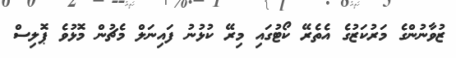
ޒުވާނުންގެ މަރުކަޒުގެ އެތެރޭ ކޯޓުގައި މިރޭ ކުޅުނު ފައިނަލް މެޗުން މޮޅުވެ ޕޮލިސް